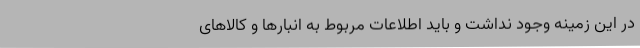
در این زمینه وجود نداشت و باید اطلاعات مربوط به انبارها و کالاهای